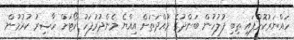
ހައްޔަރުކޮށްފައި ތިބި ފުލުހުން ބަންދުގެ މުއްދަތަށް އިއްޔެ މެންދުރުފަހު ކޯޓަށް ހާޟިރު ކުރުމުން